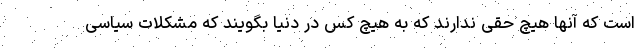
است که آنها هیچ حقی ندارند که به هیچ کس در دنیا بگویند که مشکلات سیاسی